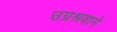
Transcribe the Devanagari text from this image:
उग्रश्रवाने